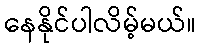
နေနိုင်ပါလိမ့်မယ်။